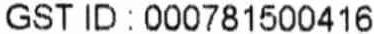
GST ID : 000781500416